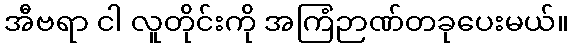
အီဗရာ ငါ လူတိုင်းကို အကြံဉာဏ်တခုပေးမယ်။